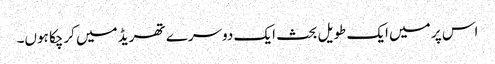
اس پر میں ایک طویل بحث ایک دوسرے تھریڈ میں کرچکا ہوں۔